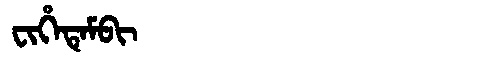
Manchu: ᠸᡳᡥᡝᡨᡝᠮᠪᡳ
Romanization: FIHETEMBI